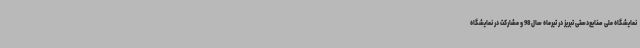
نمایشگاه ملی صنایع‌دستی تبریز در تیرماه سال 98 و مشارکت در نمایشگاه